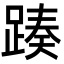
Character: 𨂡